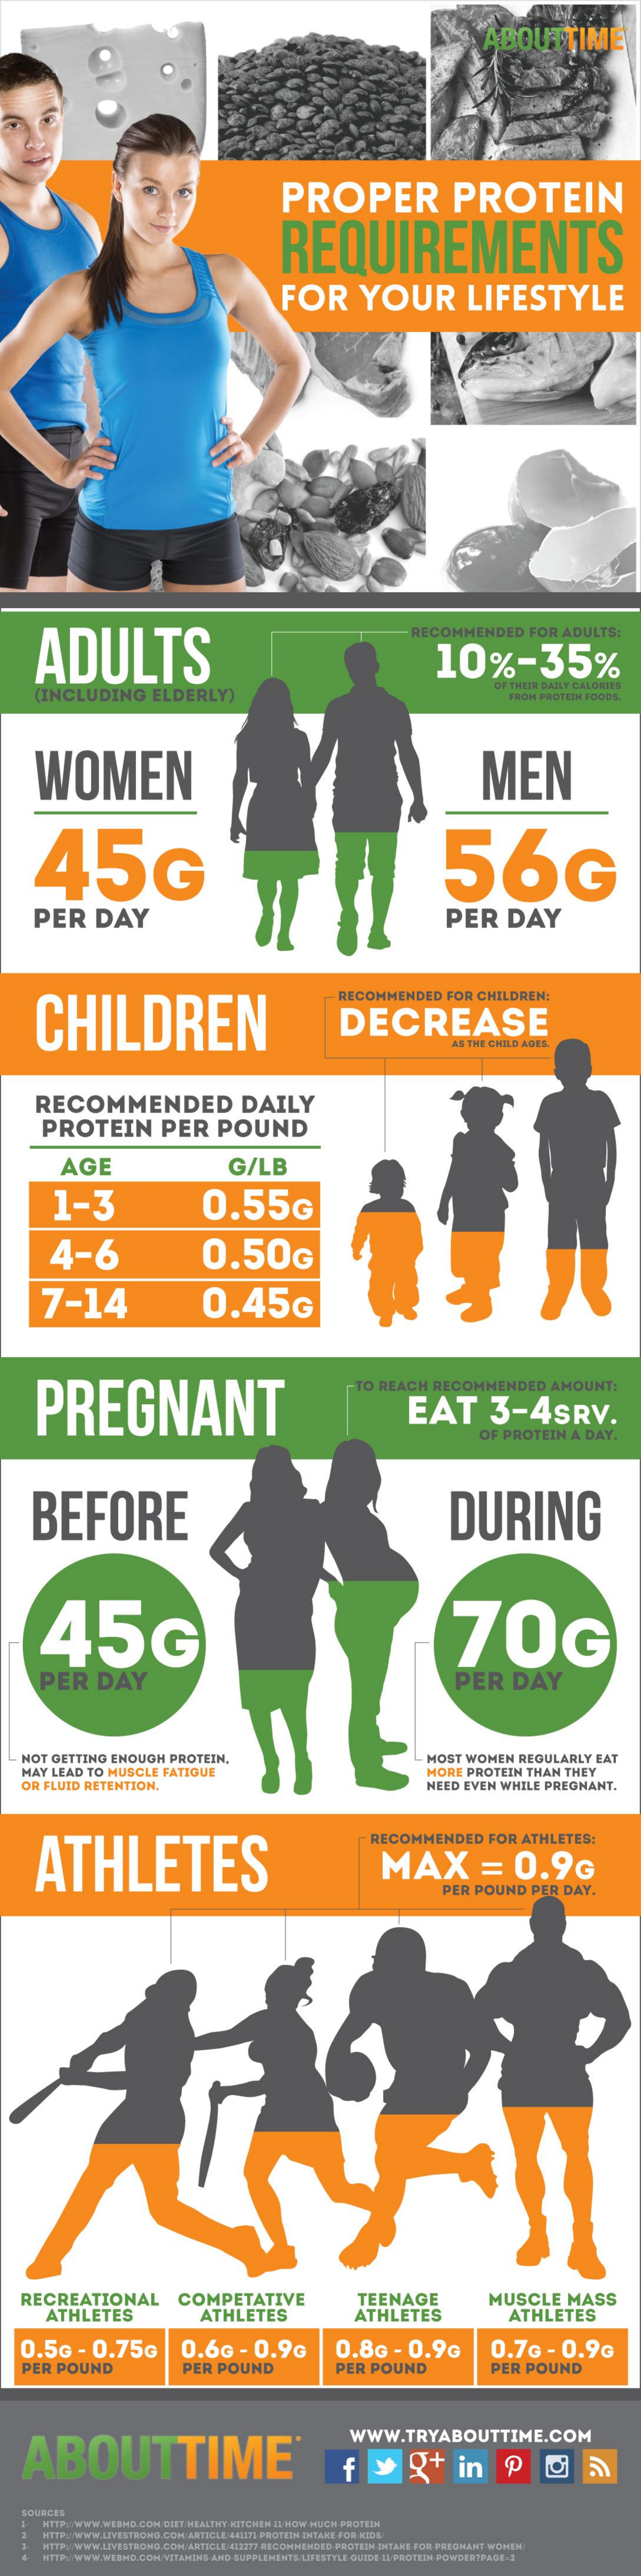
ABOUTTIME
     PROPER    PROTEIN
     REQUIREMENTS
     FOR    YOUR    LIFESTYLE
     ADULTS
     RECOMMENDED    FOR   ADULTS:
     10%-35%
     (INCLUDING    ELDERLY)
     THEIR DA
     FROM PROTEIN FOODS
     WOMEN    MEN
     45G    56G
     PER    DAY    PER    DAY
     CHILDREN
     RECOMMENDED    FOR   CHILDREN:
     DECREASE
     AS THE CHILD AGES.
     RECOMMENDED    DAILY
     PROTEIN    PER    POUND
     AGE    G/LB
     1-3    0.55G
     4-6    0.50G
     7-14    0.45G
     PREGNANT
     -TO  REACH    RECOMMENDED    AMOUNT:
     EAT    3-4SRV.
     OF  PROTEIN    A DA
     BEFORE    DURING
     45G    70G
     PER    DAY    PER    DAY
   NOT  GETTING   ENOUGH    PROTEIN,    MOST   WOMEN   REGULARLY    EAT
    MAY  LEAD  TO MUSCLE   FATIGUE
    OR FLUID  RETENTION.
     MORE  PROTEIN   THAN  THEY
     NEED  EVEN  WHILE   PREGNANT.
     ATHLETES
     RECOMMENDED    FOR   ATHLETES:
     MAX    =    0.9G
     PER  POUND    PER   DAY.
    RECREATIONAL    COMPETATIVE    TEENAGE
     ATHLETES
     MUSCLE    MASS
     ATHLETES    ATHLETES    ATHLETES
   0.5G    - 0.75G    0.6G    - 0.9G    0.8G    - 0.9G    0.7G    - 0.9G
   PER   POUND    PER   POUND    PER   POUND    PER   POUND
    ABOUTTIME®
     WWW.TRYABOUTTIME.COM
     fy    q+    in    P
    SOURCES
     HTTP:/WWW.WEBMD.COM DIET/HEALTHY-KITCHEN-IL HOW-MUCH-PROTEIN
     HTTP:/WWW.ATVESTRONG.COM/ARTICLE/443171 PROTEIN THTANE FOR NIGS
     HTTP:/WWW.LIVESTRONG.COM/ARTICLE/42ET-RECOMMENDED PROTEIN INTAKE-FOR PREGNANT WOMEN
     HTTP:/WWW.WEBHD.COM VITAMINS-AND-SUPPLEMENTS LIFESTYLE GUIDE-11 PROTEIN POWDER?PAGE 2